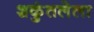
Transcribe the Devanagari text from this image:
शकुंतलेला